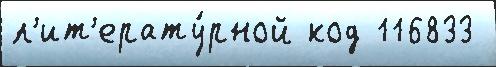
л'ит'ерату́рной код 116833